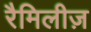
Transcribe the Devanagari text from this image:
रैमिलीज़